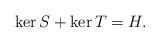
LaTeX: \begin{align*} \ker S + \ker T = H.\end{align*}